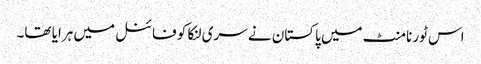
اس ٹورنامنٹ میں پاکستان نے سری لنکا کو فائنل میں ہرایا تھا۔